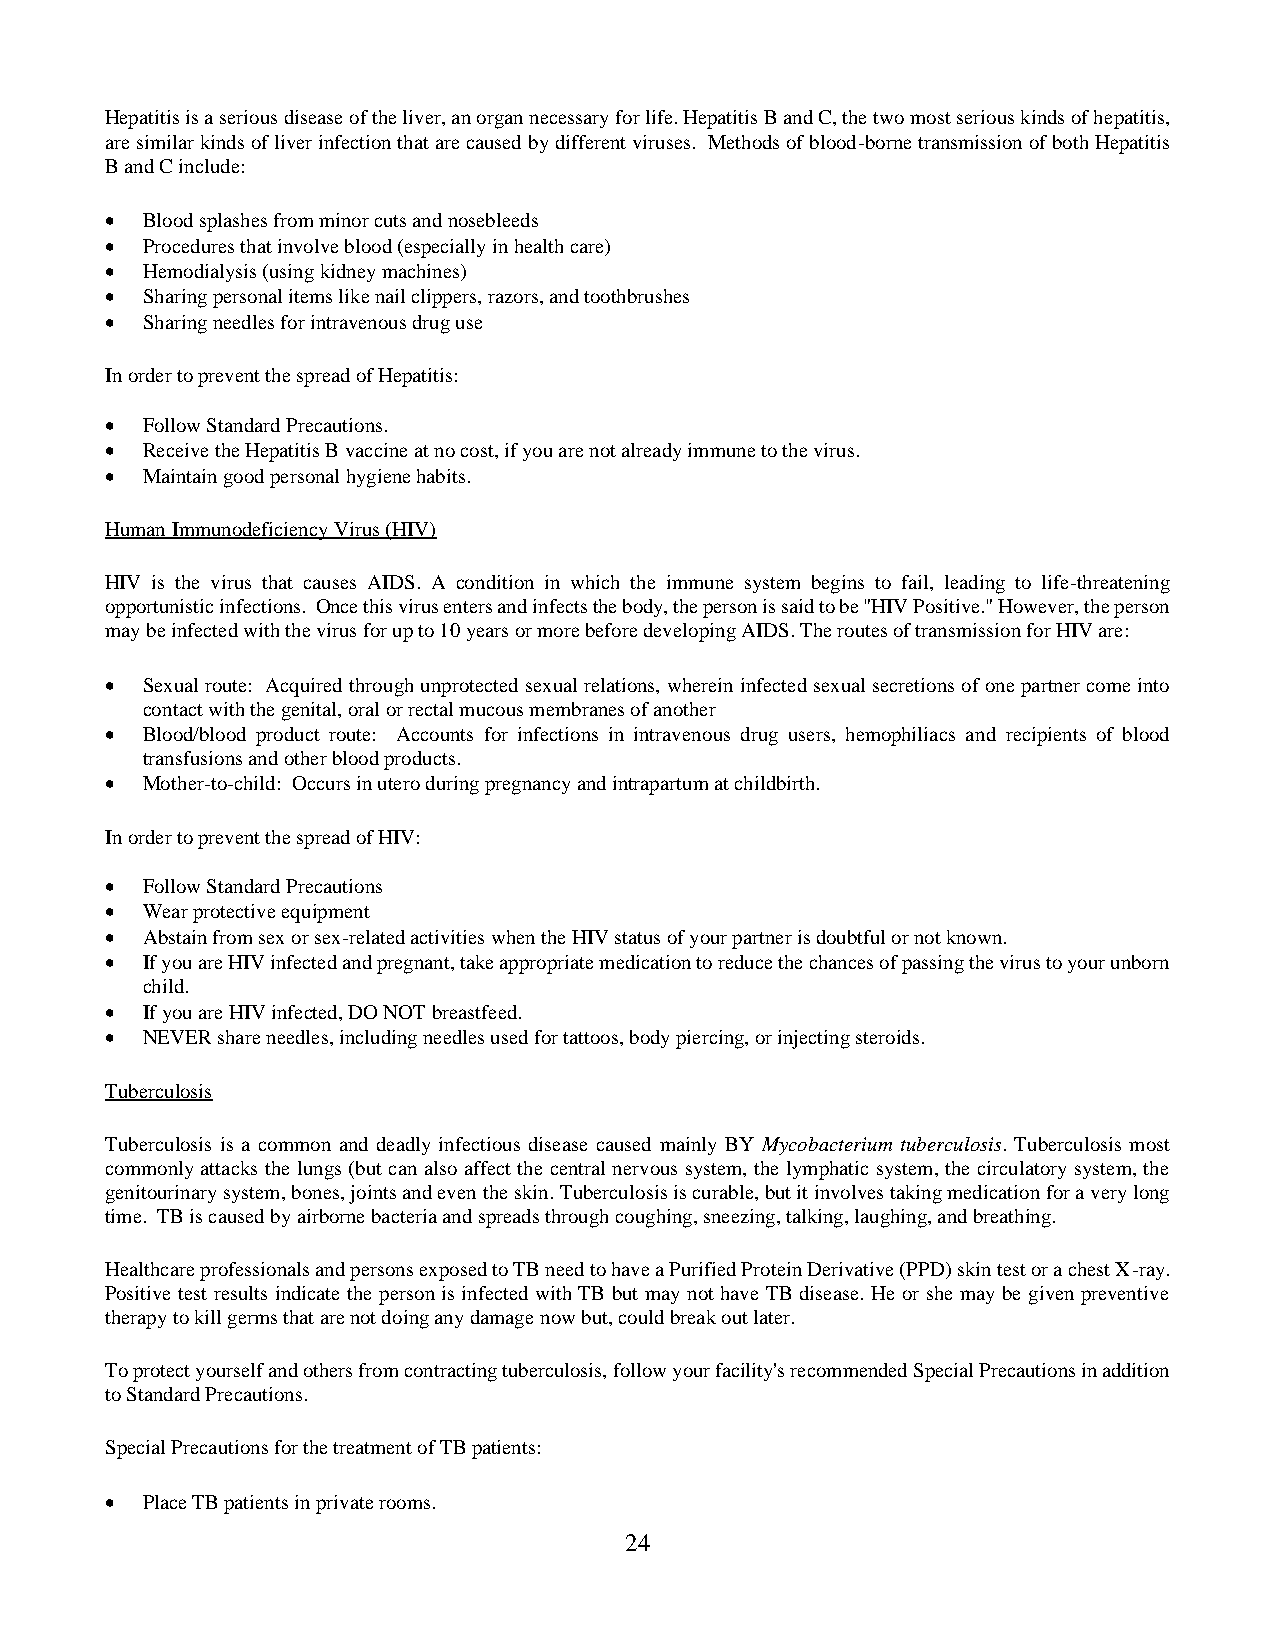
Hepatitis is a serious disease of the liver, an organ necessary for life. Hepatitis B and C, the two most serious kinds of hepatitis,
 are similar kinds of liver infection that are caused by different viruses. Methods of blood-borne transmission of both Hepatitis
 B and C include:
 • Blood splashes from minor cuts and nosebleeds
 • Procedures that involve blood (especially in health care)
 • Hemodialysis (using kidney machines)
 • Sharing personal items like nail clippers, razors, and toothbrushes
 • Sharing needles for intravenous drug use
 In order to prevent the spread of Hepatitis:
 • Follow Standard Precautions.
 • Receive the Hepatitis B vaccine at no cost, if you are not already immune to the virus.
 • Maintain good personal hygiene habits.
 Human Immunodeficiency Virus (HIV)
 HIV is the virus that causes AIDS. A condition in which the immune system begins to fail, leading to life-threatening
 opportunistic infections. Once this virus enters and infects the body, the person is said to be "HIV Positive." However, the person
 may be infected with the virus for up to 10 years or more before developing AIDS. The routes of transmission for HIV are:
 • Sexual route: Acquired through unprotected sexual relations, wherein infected sexual secretions of one partner come into
 contact with the genital, oral or rectal mucous membranes of another
 • Blood/blood product route: Accounts for infections in intravenous drug users, hemophiliacs and recipients of blood
 transfusions and other blood products.
 • Mother-to-child: Occurs in utero during pregnancy and intrapartum at childbirth.
 In order to prevent the spread of HIV:
 • Follow Standard Precautions
 • Wear protective equipment
 • Abstain from sex or sex-related activities when the HIV status of your partner is doubtful or not known.
 • If you are HIV infected and pregnant, take appropriate medication to reduce the chances of passing the virus to your unborn
 child.
 • If you are HIV infected, DO NOT breastfeed.
 • NEVER share needles, including needles used for tattoos, body piercing, or injecting steroids.
 Tuberculosis
 Tuberculosis is a common and deadly infectious disease caused mainly BY Mycobacterium tuberculosis. Tuberculosis most
 commonly attacks the lungs (but can also affect the central nervous system, the lymphatic system, the circulatory system, the
 genitourinary system, bones, joints and even the skin. Tuberculosis is curable, but it involves taking medication for a very long
 time. TB is caused by airborne bacteria and spreads through coughing, sneezing, talking, laughing, and breathing.
 Healthcare professionals and persons exposed to TB need to have a Purified Protein Derivative (PPD) skin test or a chest X-ray.
 Positive test results indicate the person is infected with TB but may not have TB disease. He or she may be given preventive
 therapy to kill germs that are not doing any damage now but, could break out later.
 To protect yourself and others from contracting tuberculosis, follow your facility's recommended Special Precautions in addition
 to Standard Precautions.
 Special Precautions for the treatment of TB patients:
 • Place TB patients in private rooms.
 24